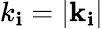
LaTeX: k_{\mathbf{i}}=|\textbf{{k}}_{\mathbf{i}}|